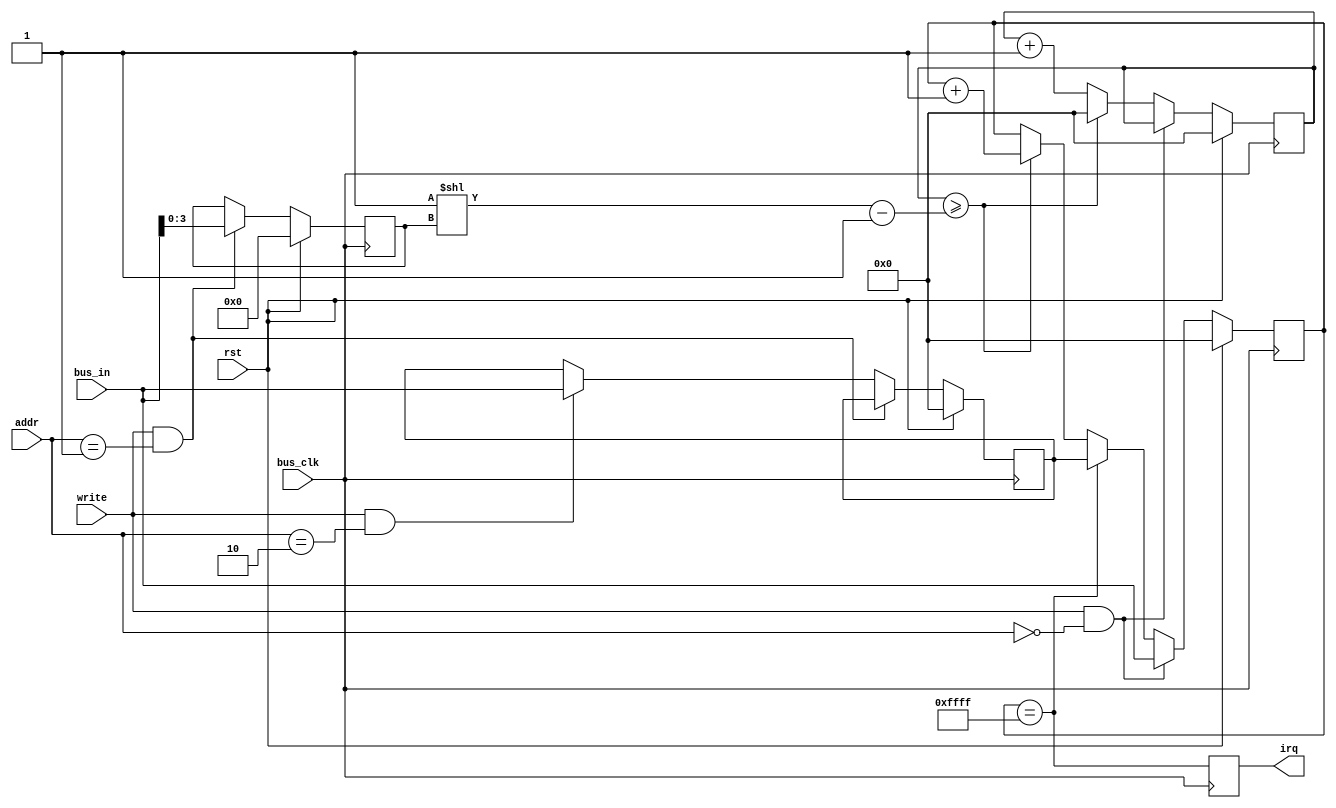
module timer (
    input wire bus_clk,
    input wire rst,
    output reg irq,

    input wire [1:0] addr,
    input wire write,
    input wire [15:0] bus_in
);

reg [15:0] timer_cnt;

reg [15:0] pre_div_cnt;
reg [3:0] clk_div;

reg [15:0] reset_val;

always @(posedge bus_clk) begin
    if(rst) begin
        timer_cnt <= 16'b0;
        pre_div_cnt <= 16'b0;
    end else if(write && addr == 2'b0) begin
        timer_cnt <= bus_in;
    end else begin
        pre_div_cnt <= pre_div_cnt + 16'b1;
        
        if(pre_div_cnt >= (1<<clk_div) - 16'b1) begin
            timer_cnt <= timer_cnt + 16'b1;
            pre_div_cnt <= 16'b0;
        end

        if(timer_cnt == 16'hffff) begin
            timer_cnt <= reset_val;
        end
    end
end

always @(posedge bus_clk) begin
    irq <= (timer_cnt == 16'hffff);
end

always @(posedge bus_clk) begin
    if(rst) begin
        reset_val <= 16'b0;
        clk_div <= 4'b0;
    end else if(write && addr == 2'b1) begin
        clk_div <= bus_in[3:0];
    end else if (write && addr == 2'b10) begin
        reset_val <= bus_in;
    end
end

endmodule